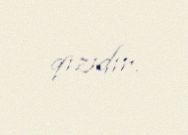
qızıdır.